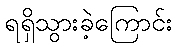
ရရှိသွားခဲ့ကြောင်း